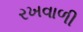
રખવાળી